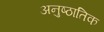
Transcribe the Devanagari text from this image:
अनुष्ठातिक